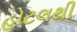
હોટલથી